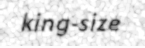
king-size